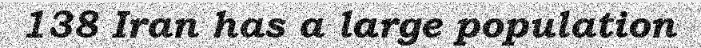
138 Iran has a large population